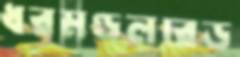
ধরমণ্ডলরেড